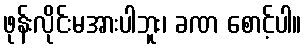
ဖုန်းလိုင်းမအားပါဘူး၊ ခဏ စောင့်ပါ။